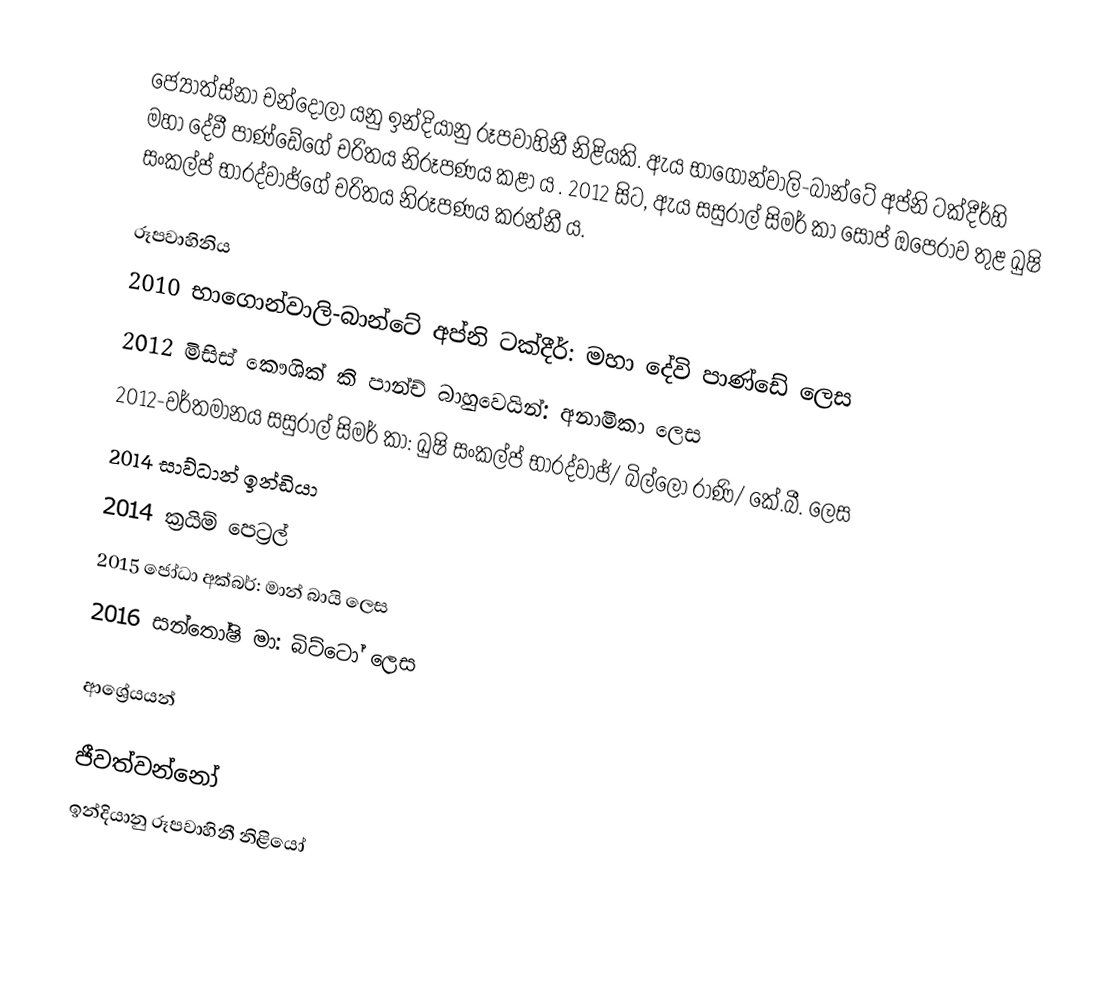
ජ්‍යෝත්ස්නා චන්දෝලා යනු ඉන්දියානු රූපවාහිනී නිළියකි. ඇය භාගොන්වාලි-බාන්ටේ අප්නි ටක්දීර්හි මහා දේවී පාණ්ඩේගේ චරිතය නිරූපණය කළා ය . 2012 සිට, ඇය සසුරාල් සිමර් කා සෝප් ඔපෙරාව තුළ ඛුෂි සංකල්ප් භාරද්වාජ්ගේ චරිතය නිරූපණය කරන්නී ය.

රූපවාහිනිය
2010 භාගොන්වාලි-බාන්ටේ අප්නි ටක්දීර්: මහා දේවි පාණ්ඩේ ලෙස
2012 මිසිස් කෞශික් කි පාන්ච් බාහුවෙයින්: අනාමිකා ලෙස
2012-වර්තමානය සසුරාල් සිමර් කා: ඛුෂි සංකල්ප් භාරද්වාජ්/ බිල්ලෝ රාණි/ කේ.බී. ලෙස
2014 සාව්ධාන් ඉන්ඩියා
2014 ක්‍රයිම් පෙට්‍රල්
2015 ජෝධා අක්බර්: මාන් බායි ලෙස
2016 සන්තෝෂි මා: බිට්ටෝ ලෙස

ආශ්‍රේයයන්

ජීවත්වන්නෝ
ඉන්දියානු රූපවාහිනී නිළියෝ